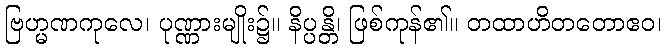
ဗြဟ္မဏကုလေ၊ ပုဏ္ဏားမျိုး၌။ နိပ္ပန္တိ၊ ဖြစ်ကုန်၏။ တထာဟိတတောဧဝ၊